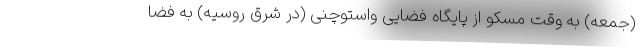
(جمعه) به وقت مسکو از پایگاه فضایی واستوچنی (در شرق روسیه) به فضا